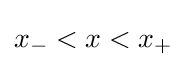
x_{-}<x<x_{+}